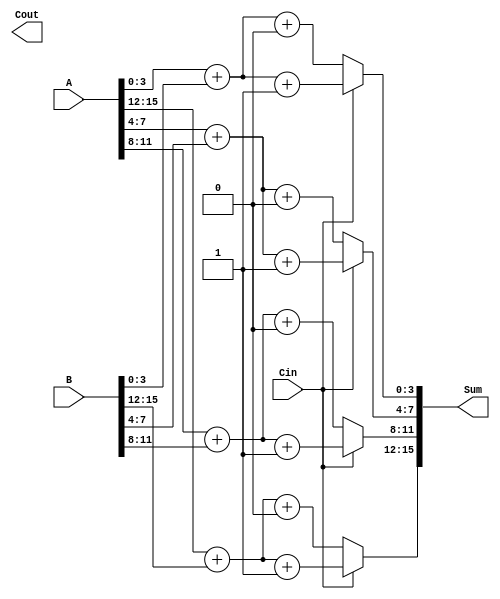
module Carry_Select_Adder #(parameter N = 16) (
    input  [N-1:0] A,       // First n-bit input
    input  [N-1:0] B,       // Second n-bit input
    input        Cin,        // Carry-in for the least significant bit
    output [N-1:0] Sum,      // n-bit sum output
    output       Cout        // Carry-out
);

    localparam BLOCK_SIZE = 4; // Size of each block
    localparam NUM_BLOCKS = N / BLOCK_SIZE; // Number of blocks

    wire [BLOCK_SIZE-1:0] Sum0 [NUM_BLOCKS-1:0]; // Sum when carry-in is 0 for each block
    wire [BLOCK_SIZE-1:0] Sum1 [NUM_BLOCKS-1:0]; // Sum when carry-in is 1 for each block
    wire [NUM_BLOCKS:0] Cout0; // Carry-out when carry-in is 0 for each block
    wire [NUM_BLOCKS:0] Cout1; // Carry-out when carry-in is 1 for each block

    // Generate blocks
    genvar i;
    generate
        for (i = 0; i < NUM_BLOCKS; i = i + 1) begin : block
            wire [BLOCK_SIZE-1:0] A_block = A[i*BLOCK_SIZE +: BLOCK_SIZE];
            wire [BLOCK_SIZE-1:0] B_block = B[i*BLOCK_SIZE +: BLOCK_SIZE];
            wire Cin_block = (i == 0) ? Cin : Cout0[i-1]; // Carry-in for this block

            // Compute Sum and Carry for Carry-in = 0
            assign {Cout0[i], Sum0[i]} = A_block + B_block + 1'b0;

            // Compute Sum and Carry for Carry-in = 1
            assign {Cout1[i], Sum1[i]} = A_block + B_block + 1'b1;
        end
    endgenerate

    // Select the correct sums and carry-out
    generate
        for (i = 0; i < NUM_BLOCKS; i = i + 1) begin : select
            assign Sum[i*BLOCK_SIZE +: BLOCK_SIZE] = Cin ? Sum1[i] : Sum0[i];
            assign Cout[i+1] = Cin ? Cout1[i] : Cout0[i]; // propagate the selected carry-out
        end
    endgenerate

    assign Cout = Cout[NUM_BLOCKS]; // Final carry-out

endmodule